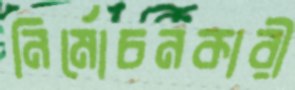
নির্মোচনকারী